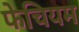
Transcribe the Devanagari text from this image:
फेचियम